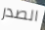
الصدر